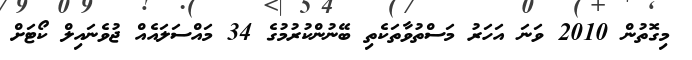
މިގޮތުން 2010 ވަނަ އަހަރު މަސްތުވާތަކެތި ބޭނުންކުރުމުގެ 34 މައްސަލައެއް ޖުވެނައިލް ކޯޓަށް